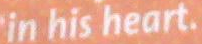
in his heart.